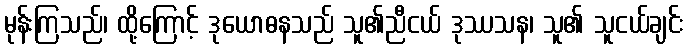
မုန်းကြသည်၊ ထို့ကြောင့် ဒုယောဓနသည် သူ၏ညီငယ် ဒုဿသန၊ သူ၏ သူငယ်ချင်း